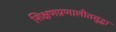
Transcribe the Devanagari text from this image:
शिक्षणप्रणालीतसुद्धा